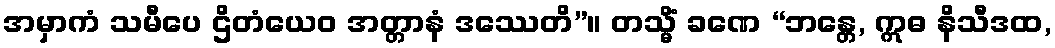
အမှာကံ သမီပေ ဌိတံယေဝ အတ္တာနံ ဒဿေတိ”။ တသ္မိံ ခဏေ “ဘန္တေ, ဣဓ နိသီဒထ,